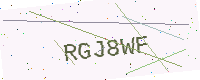
Text: RGJ8WF